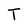
Character: T